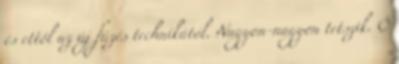
és ettől az új fűzés technikától. Nagyon-nagyon tetszik. Ő